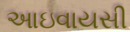
આઇવાયસી